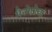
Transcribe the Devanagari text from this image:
मैनोटोबा